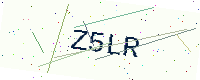
Text: Z5LR